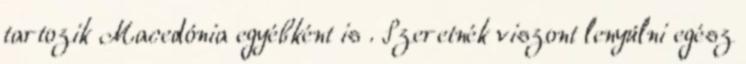
tartozik Macedónia egyébként is . Szeretnék viszont lenyúlni egész